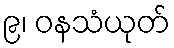
၉၊ ဝနသံယုတ်